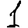
Digit: 1